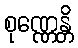
စုဏ္ဏေန္တိ